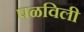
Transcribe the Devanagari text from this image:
पळविली